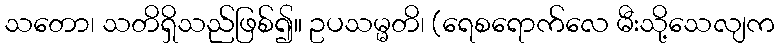
သတော၊ သတိရှိသည်ဖြစ်၍။ ဥပသမ္မတိ၊ (ရေစရောက်လေ မီးသို့သေလျက